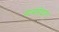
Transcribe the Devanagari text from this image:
सामवेदात